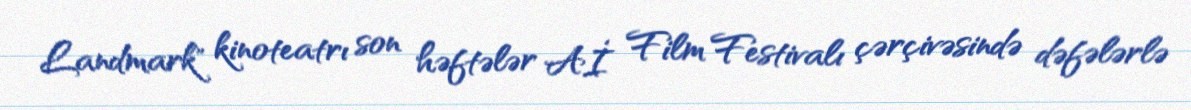
Landmark" kinoteatrı son həftələr Aİ Film Festivalı çərçivəsində dəfələrlə